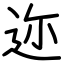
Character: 迩